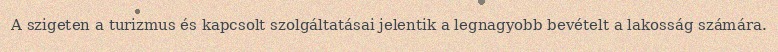
A szigeten a turizmus és kapcsolt szolgáltatásai jelentik a legnagyobb bevételt a lakosság számára.